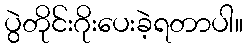
ပွဲတိုင်းဂိုးပေးခဲ့ရတာပါ။